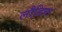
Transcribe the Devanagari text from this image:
लौढि़या